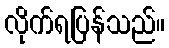
လိုက်ရပြန်သည်။